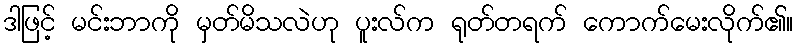
ဒါဖြင့် မင်းဘာကို မှတ်မိသလဲဟု ပူးလ်က ရုတ်တရက် ကောက်မေးလိုက်၏။